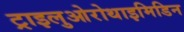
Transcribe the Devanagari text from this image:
ट्राइलुओरोथाइमिडिन